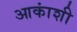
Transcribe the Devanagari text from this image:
आकांशी